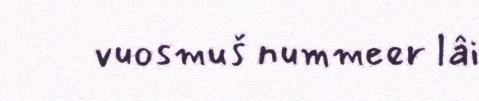
vuosmuš nummeer lâi